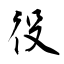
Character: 役